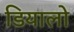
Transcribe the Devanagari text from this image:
डियालो